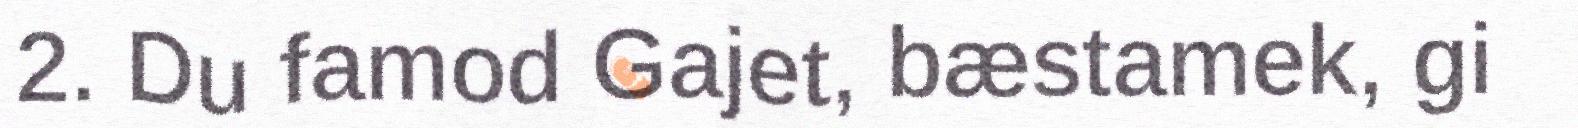
2. Du famod Gajet, bæstamek, gi